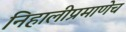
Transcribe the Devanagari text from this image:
निहालीप्रमाणेच